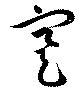
蹇